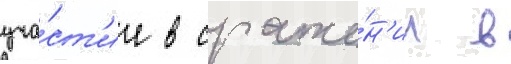
уча́ст'ие в сраже́н'ии в